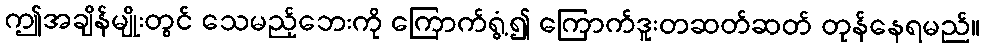
ဤအချိန်မျိုးတွင် သေမည့်ဘေးကို ကြောက်ရွံ့၍ ကြောက်ဒူးတဆတ်ဆတ် တုန်နေရမည်။